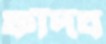
ফাঁদব